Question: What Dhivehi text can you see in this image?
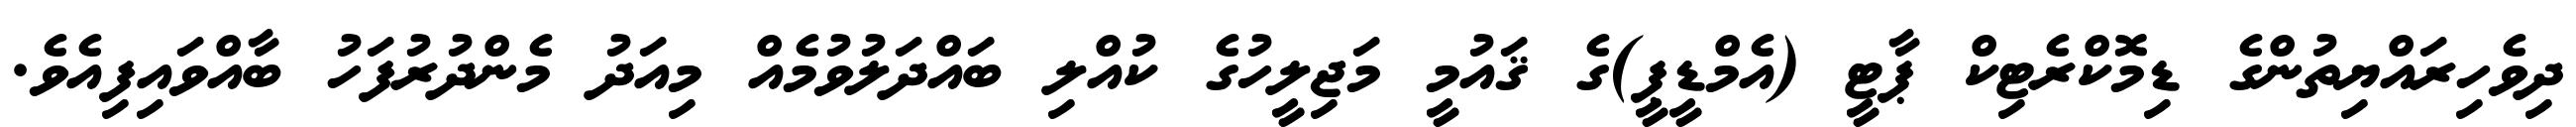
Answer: ދިވެހިރައްޔިތުންގެ ޑިމޮކްރެޓިކް ޕާޓީ (އެމްޑީޕީ)ގެ ޤައުމީ މަޖިލީހުގެ ކުއްލި ބައްދަލުވުމެއް މިއަދު މެންދުރުފަހު ބާއްވައިފިއެވެ.